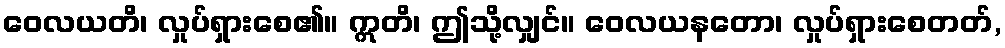
ဝေလယတိ၊ လှုပ်ရှားစေ၏။ ဣတိ၊ ဤသို့လျှင်။ ဝေလယနတော၊ လှုပ်ရှားစေတတ်,